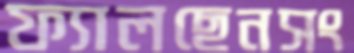
ফ্যালছেনসং